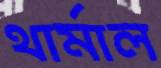
থার্মাল